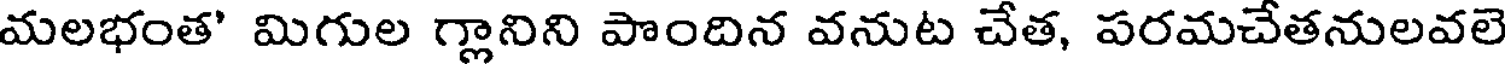
మలభంత' మిగుల గ్లానిని పొందిన వనుట చేత, పరమచేతనులవలె